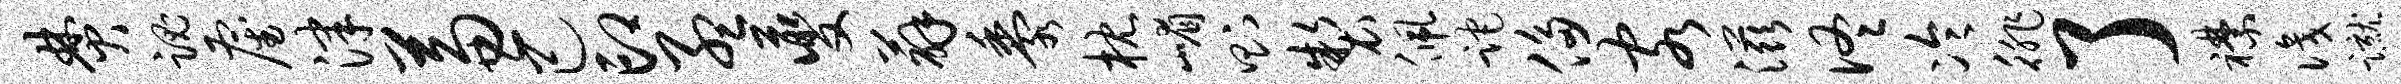
焚魂雇津兼己印孟夔薜黍枕嵋则制佩跎侈客滋佟冷徘了襟识蹴